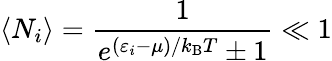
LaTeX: \langle N_{i}\rangle={\frac{1}{e^{(\varepsilon_{i}-\mu)/k_{\mathrm{{B}}}T}\pm 1}}\ll 1